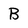
Character: B